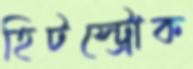
হিটস্ট্রোক